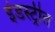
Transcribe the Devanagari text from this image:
इंडस्ट्रीत